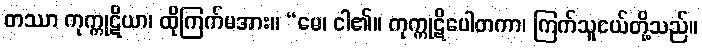
တဿာ ကုက္ကုဋိယာ၊ ထိုကြက်မအား။ “မေ၊ ငါ၏။ ကုက္ကုဋိပေါတကာ၊ ကြက်သူငယ်တို့သည်။